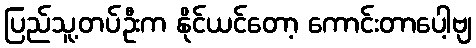
ပြည်သူ့တပ်ဦးက နိုင်ယင်တော့ ကောင်းတာပေါ့ဗျ